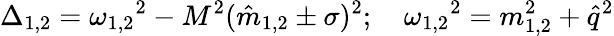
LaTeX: \Delta_{1,2}={\omega_{1,2}}^{2}-M^{2}({\hat{m}}_{1,2}\pm\sigma)^{2};\quad{\omega_{1,2}}^{2}=m_{1,2}^{2}+{\hat{q}}^{2}